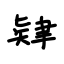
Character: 肄